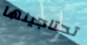
تحتاجينها